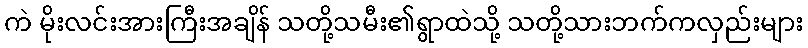
ကဲ မိုးလင်းအားကြီးအချိန် သတို့သမီး၏ရွာထဲသို့ သတို့သားဘက်ကလှည်းများ